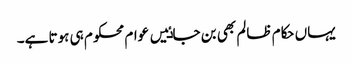
یہاں حکام ظالم بھی بن جاٸیں عوام محکوم ہی ہوتا ہے۔